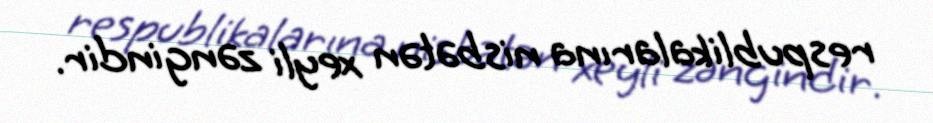
respublikalarına nisbətən xeyli zəngindir.